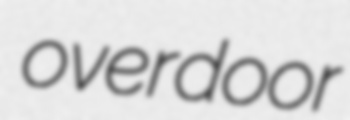
overdoor